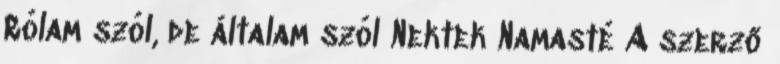
Rólam szól, de általam szól Nektek Namasté A szerző